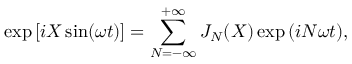
\exp { [ i X \sin ( \omega t ) ] } = \sum _ { N = - \infty } ^ { + \infty } J _ { N } ( X ) \exp { ( i N \omega t ) } ,